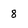
Character: 8